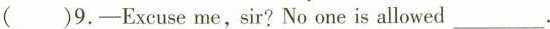
( )9.—Excuse me,sir?No one is allowed ___.